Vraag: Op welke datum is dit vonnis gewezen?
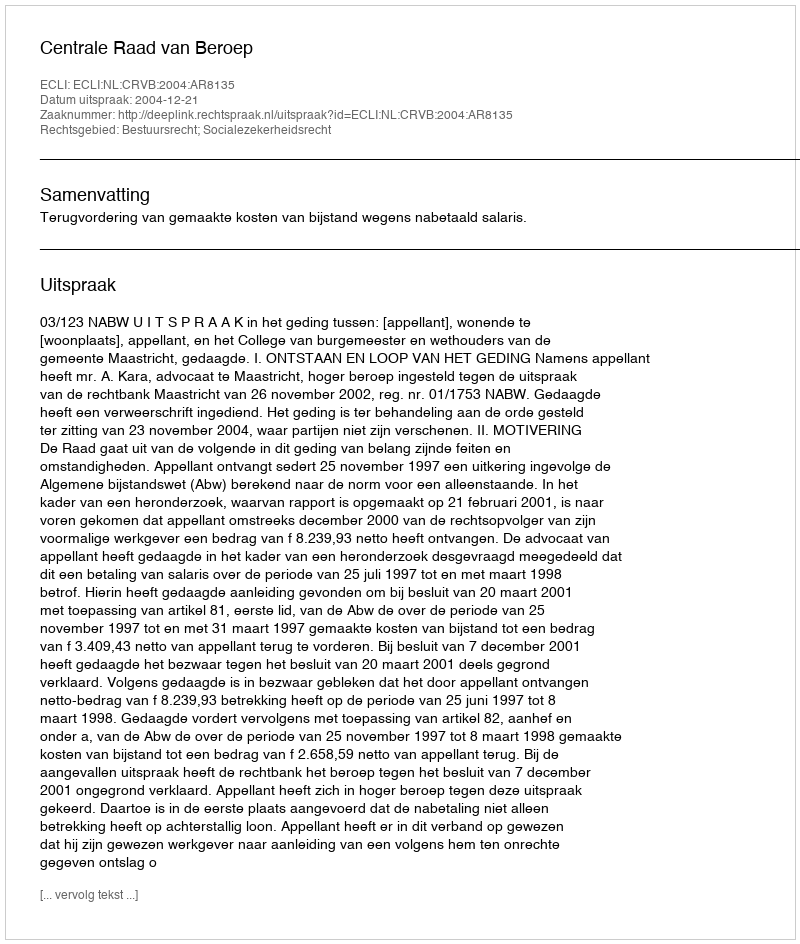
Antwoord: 2004-12-21